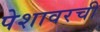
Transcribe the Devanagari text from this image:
पेशावरची